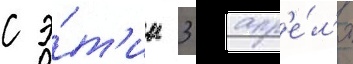
с э́т'им 3 апр'е́л'я